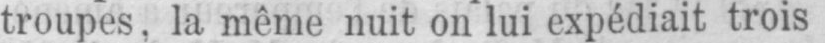
troupes, la même nuit on lui expédiait trois